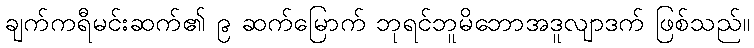
ချက်ကရီမင်းဆက်၏ ၉ ဆက်မြောက် ဘုရင်ဘူမိဘောအဒူလျာဒက် ဖြစ်သည်။